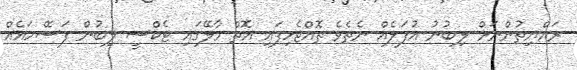
ރައްޔިތުންނަށް ލިބުނު އުފަލެއް ނެތެވެ ތޮއްޖެހިފައި އޮތް މާލޭގައި ޓެކްސީ ލިބުން ފަސޭހައެއް